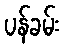
ပန်ခမ်း